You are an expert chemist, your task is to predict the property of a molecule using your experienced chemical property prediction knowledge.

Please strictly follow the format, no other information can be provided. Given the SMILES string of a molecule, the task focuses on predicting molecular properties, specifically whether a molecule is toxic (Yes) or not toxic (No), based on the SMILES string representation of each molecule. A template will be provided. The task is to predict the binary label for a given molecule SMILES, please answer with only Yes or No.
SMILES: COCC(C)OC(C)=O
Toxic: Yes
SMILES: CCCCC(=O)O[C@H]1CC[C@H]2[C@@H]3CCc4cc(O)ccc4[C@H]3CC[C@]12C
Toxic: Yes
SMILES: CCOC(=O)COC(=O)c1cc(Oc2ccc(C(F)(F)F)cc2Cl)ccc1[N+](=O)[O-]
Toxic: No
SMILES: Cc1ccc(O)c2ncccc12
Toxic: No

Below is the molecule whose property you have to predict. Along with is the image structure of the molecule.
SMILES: CCCCOC(=O)c1ccccc1C(=O)OCc1ccccc1
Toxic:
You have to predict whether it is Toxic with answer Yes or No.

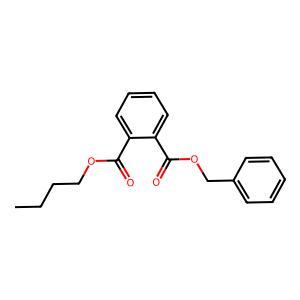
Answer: No